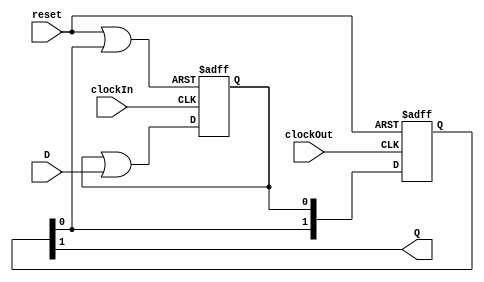
module synchroFlop ( input wire  clockIn,
                                 clockOut,
                                 reset,
                                 D,
                     output wire Q );
  reg [2:0] s_states;
  wire [2:0] s_d = {s_states[1:0],{s_states[0] | D}};
  wire s_reset0 = reset | s_states[1];
  assign Q = s_states[2];
  
  always @(posedge clockIn or posedge s_reset0)
    if (s_reset0 == 1'b1) s_states[0] <= 1'b0;
    else s_states[0] <= s_d[0];
  
  always @(posedge clockOut or posedge reset)
    if (reset == 1'b1) s_states[2:1] <= 0;
    else s_states[2:1] <= s_d[2:1];
endmodule